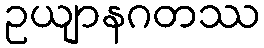
ဥယျာနဂတဿ